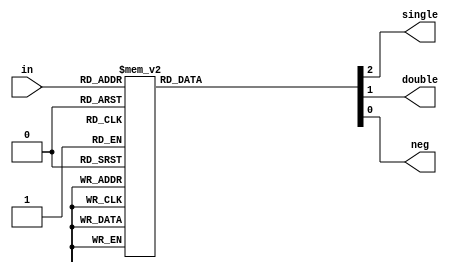
// Title: Booth Encoder V 1.0 (No Changelog)
// Updated: Janurary 10, 2022
//---------------------------------------------------------------------------
// This is a Verilog file that define a Modified Booth Encoder for radix-4.
// 
//
//---------------------------------------------------------------------------
`default_nettype none

module boothEnc (
    input   wire    [2:0]   in,         // The three-bit inputs to the Encoder
    output  reg     single,     // The output single to the Encoder
    output  reg     double,     // The output double to the Encoder
    output  reg     neg         // The output neg to the Encoder
);
    always @(in) begin
            // This genrates the outputs to the Encoder
        case (in)
            3'd0: {single, double, neg} = 3'b000;
            3'd1: {single, double, neg} = 3'b100;
            3'd2: {single, double, neg} = 3'b100;
            3'd3: {single, double, neg} = 3'b010;
            3'd4: {single, double, neg} = 3'b011;
            3'd5: {single, double, neg} = 3'b101;
            3'd6: {single, double, neg} = 3'b101;
            3'd7: {single, double, neg} = 3'b001;
            default: {single, double, neg} = 3'b000;
        endcase
    end
    
endmodule

`default_nettype wire